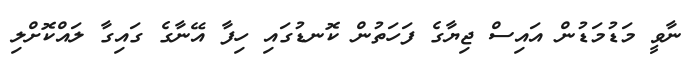
ނާވީ މަޑުމަޑުން އައިސް ޖިޔާގެ ފަހަތުން ކޮނޑުގައި ހިފާ އޭނާގެ ގައިގާ ލައްކޮށްލި